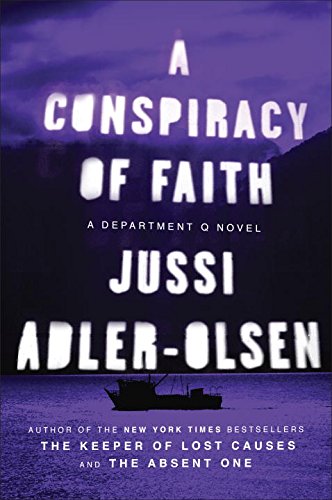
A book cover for A Conspiracy of Faith: A Department Q Novel; Jussi Adler-Olsen; Mystery, Thriller & Suspense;